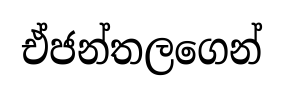
ඒජන්තලගෙන්